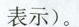
表示)。